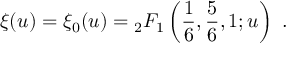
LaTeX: \xi ( u ) = { \xi } _ { 0 } ( u ) = \null _ { 2 } F _ { 1 } \left( \frac { 1 } { 6 } , \frac { 5 } { 6 } , 1 ; u \right) \ .